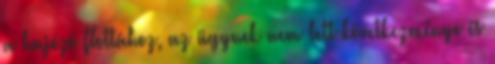
a hajózó flottához, az ügynek nem lett következménye és